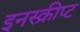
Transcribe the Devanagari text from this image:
इनस्क्रीप्ट